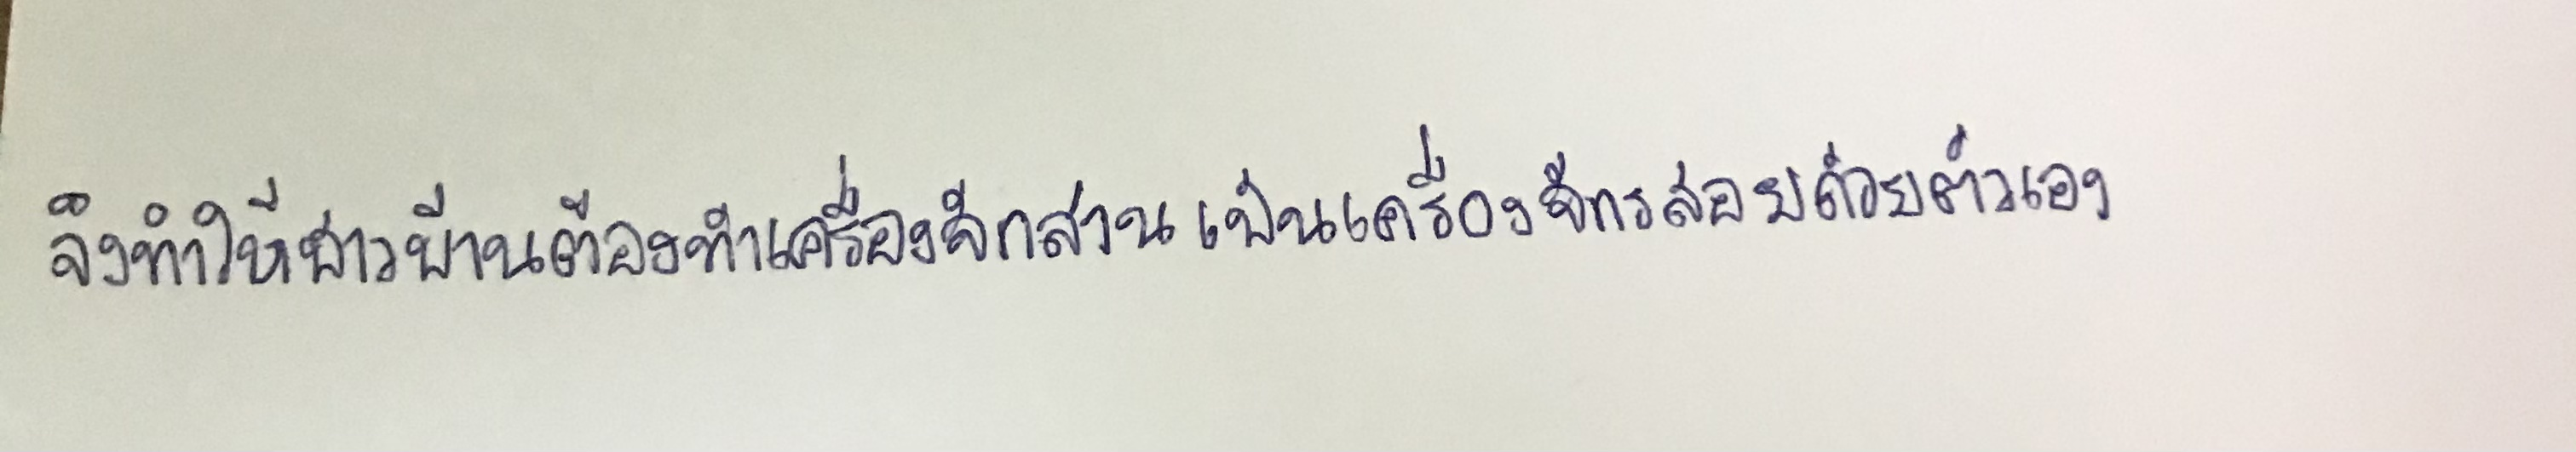
จึงทำให้ชาวบ้านต้องทำเครื่องจักสานเป็นเครื่องใช้สอยด้วยตนเอง